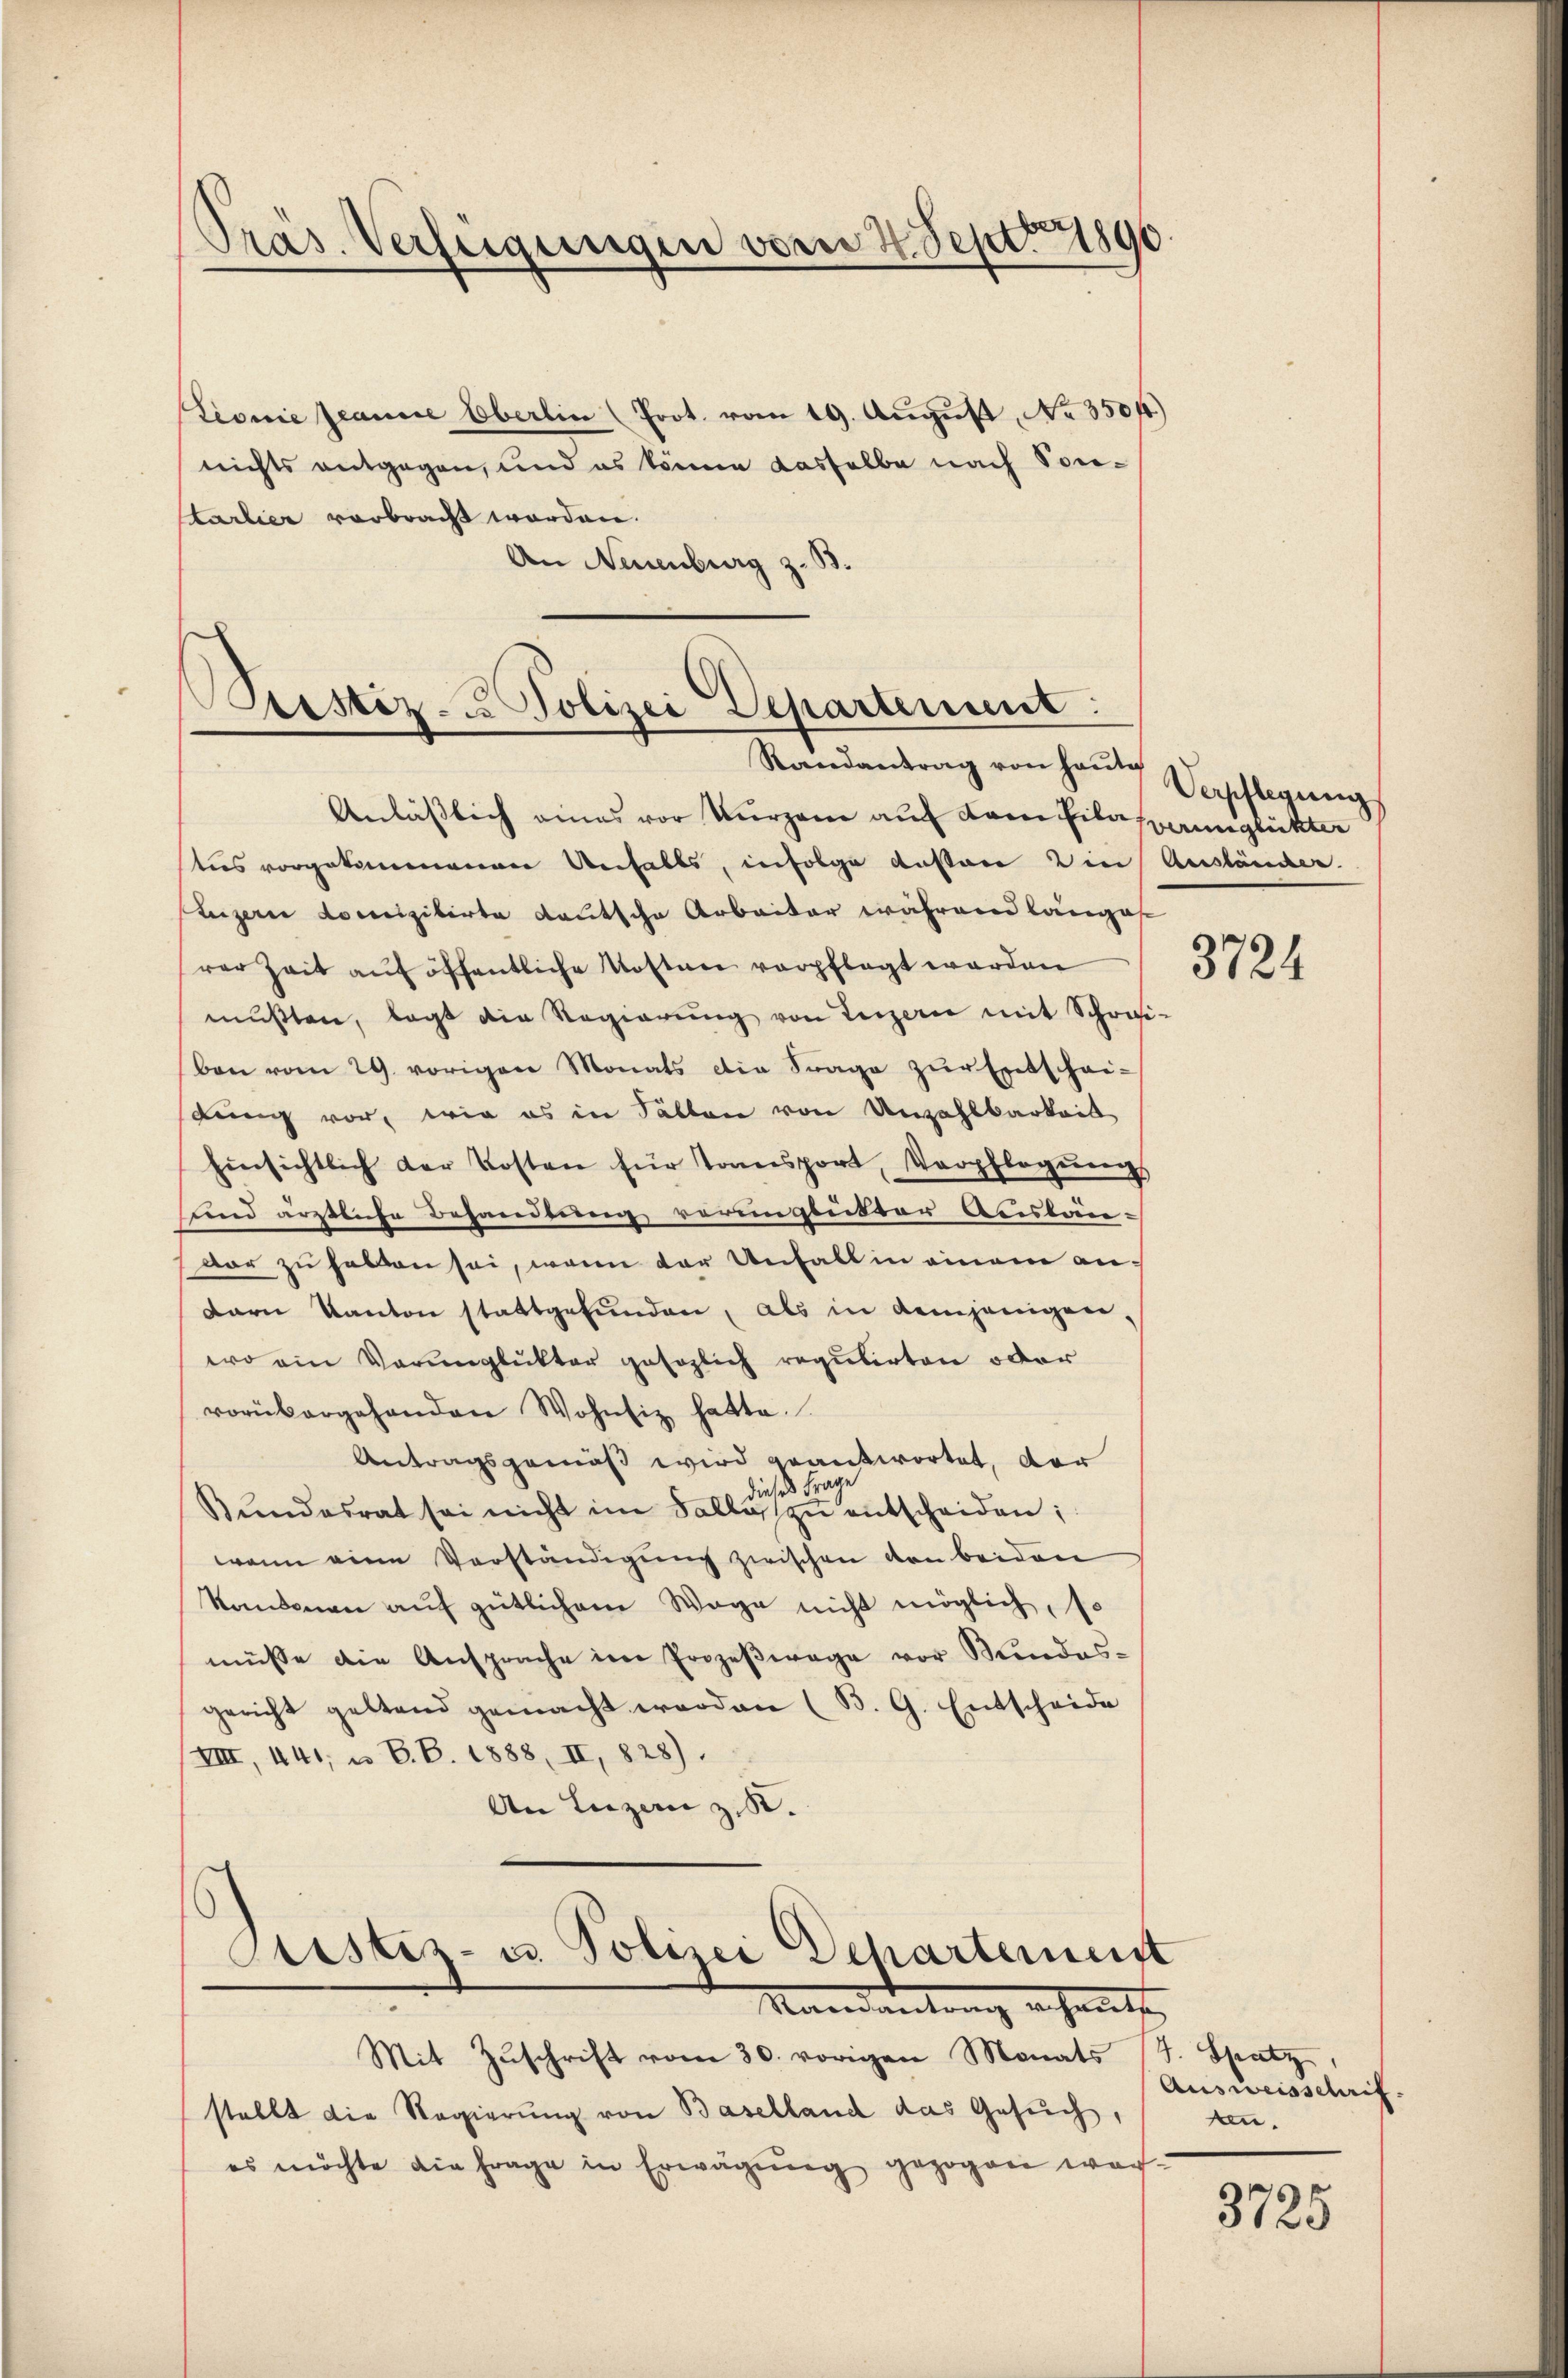
Lionie Jeanne Oberlin (Prot. vom 19. Aŭgŭst No 35044)
nichts entgegen, und es können dasselbe nach Sontarlier verbracht worden.
An Neuenburg z. B.

Präs. Verfügungen vom 4. Sept. 1890.

Prestiz- u Polizei Departement:
Randantrag von heute Verpflegung

Anläßlich eines vor kurzem auf dem Pilasserunglückter
tus vorgekommenen Unfalls, infolge dessen in Ausländer.
Luzerne domizilirte deutsche Arbeiter während langes
rer Zeit auf öffentliche Kosten verpflegt werden
mŭβten, legt die Regierŭng von Luzern mit Schrei-
ben vom 29. vorigen Monats die Frage zŭr Entscheitung vor, wie es in Fällen von Anzahlbarkeit
Einsichtlich der Kosten für Transport, Verpflegŭng
sund ärztliche Behandlung verunglükter Auslän-
dar zu haben sei, wenn der Unfall in einem andern Kanton stattgefunden, als in demjenigen,
wo ein Verunglükter gesezlich regulirten oder
vorübergehenden Wohnsiz hatte.
Antragsgemäß wird geantwortet, der
dieses Frage
Bŭndesrat sei nicht im Falle zŭ entscheiden;
wenn eine Verständigung zwischen von beiden
kantonen auf gütlichem Wage nicht möglich, so
müsse die Ansprache im Prozeβwage vor Mendes-
gericht geltend gemacht worden (B. G. Entscheide
XIII, 441, u. B. B. 1888, II, 828).
An Luzern z. B.
Justiz- u. Polizei Schartermeist

Mandantrag erheits
Mit Zŭschrift vom 30. vorigen Monats (T. Spatz

stellt die Regierung von Baselland das Gesŭch,
es möchte die frage in Erwägŭng gezogen wer-

3724

Ausweisschrif
an.

3725